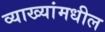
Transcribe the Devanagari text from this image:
व्याख्यांमधील